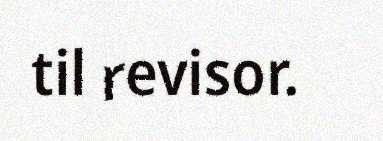
til revisor.